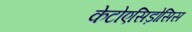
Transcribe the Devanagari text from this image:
केटोएसिड़ोसिस